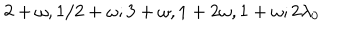
LaTeX: 2 + \omega , 1 / 2 + \omega ; 3 + \omega , 1 + 2 \omega , 1 + \omega ; 2 \lambda _ { 0 }